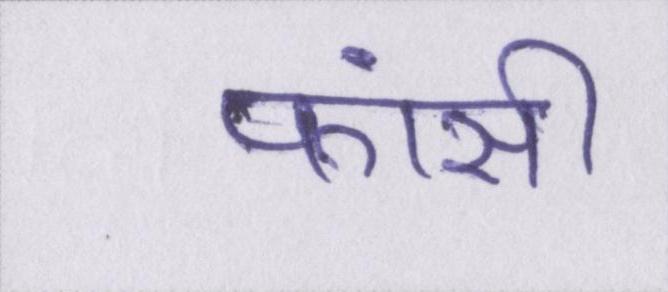
फांसी